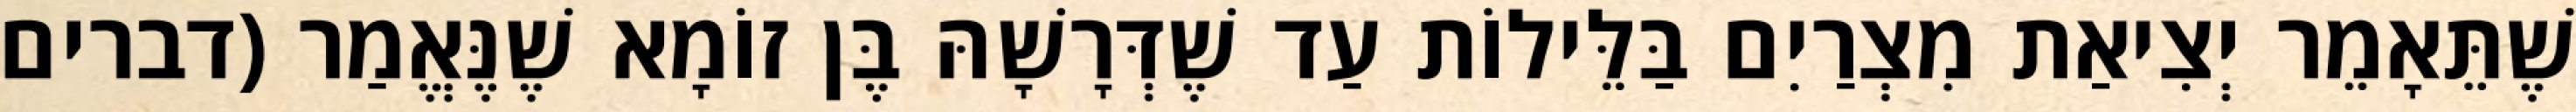
שֶׁתֵּאָמֵר יְצִיאַת מִצְרַיִם בַּלֵּילוֹת עַד שֶׁדְּרָשָׁהּ בֶּן זוֹמָא שֶׁנֶּאֱמַר (דברים